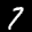
Label: 7